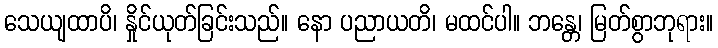
သေယျထာပိ၊ နှိုင်ယုတ်ခြင်းသည်။ နော ပညာယတိ၊ မထင်ပါ။ ဘန္တေ၊ မြတ်စွာဘုရား။